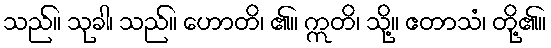
သည်။ သုခါ၊ သည်။ ဟောတိ၊ ၏။ ဣတိ၊ သို့။ ဧတာသံ၊ တို့၏။